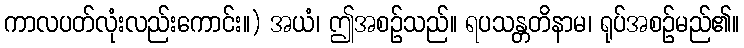
ကာလပတ်လုံးလည်းကောင်း။) အယံ၊ ဤအစဉ်သည်။ ရပသန္တတိနာမ၊ ရုပ်အစဉ်မည်၏။